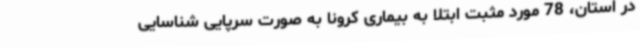
در استان، 78 مورد مثبت ابتلا به بیماری کرونا به صورت سرپایی شناسایی